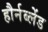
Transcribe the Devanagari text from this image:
हौर्नब्लेंड